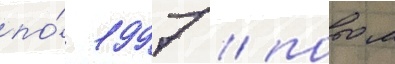
по́ 1997 / потом